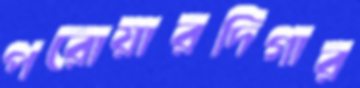
পরোয়ারদিগার